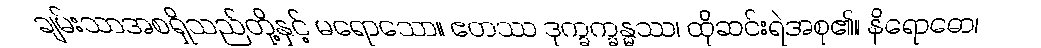
ချမ်းသာအစရှိသည်တို့နှင့် မရောသော။ ဧတဿ ဒုက္ခက္ခန္ဓဿ၊ ထိုဆင်းရဲအစု၏။ နိရောဓော၊